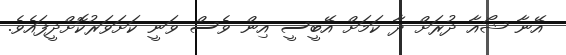
އޭނާ ޝޯއާ ދުރަށް ދާ ކަމަށް އޭބީސީ އިން ވެސް ވަނީ ކަށަވަރުކޮށްދީފައެވެ.